Indian journal of veterinary science and animal husbandry - Volumes 15-17, 1948-1951
Year: 1948
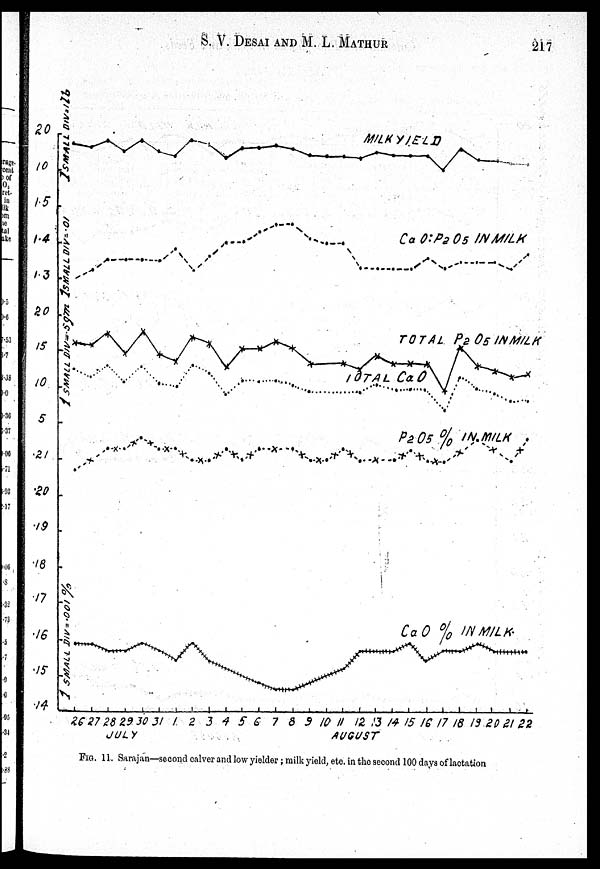
S. V. DESAI AND M. L.
MATHUR
217
FIG. 11. Sarajan—second calver and low yielder; milk yield, etc. in the second 100 days of lactation